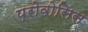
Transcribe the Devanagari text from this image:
प्रोवोसिस